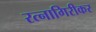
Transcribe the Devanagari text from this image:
रत्‍नागिरीकर